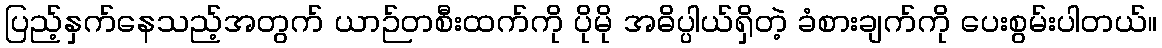
ပြည့်နှက်နေသည့်အတွက် ယာဉ်တစီးထက်ကို ပိုမို အဓိပ္ပါယ်ရှိတဲ့ ခံစားချက်ကို ပေးစွမ်းပါတယ်။